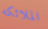
الملائكه